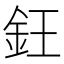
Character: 𬫃